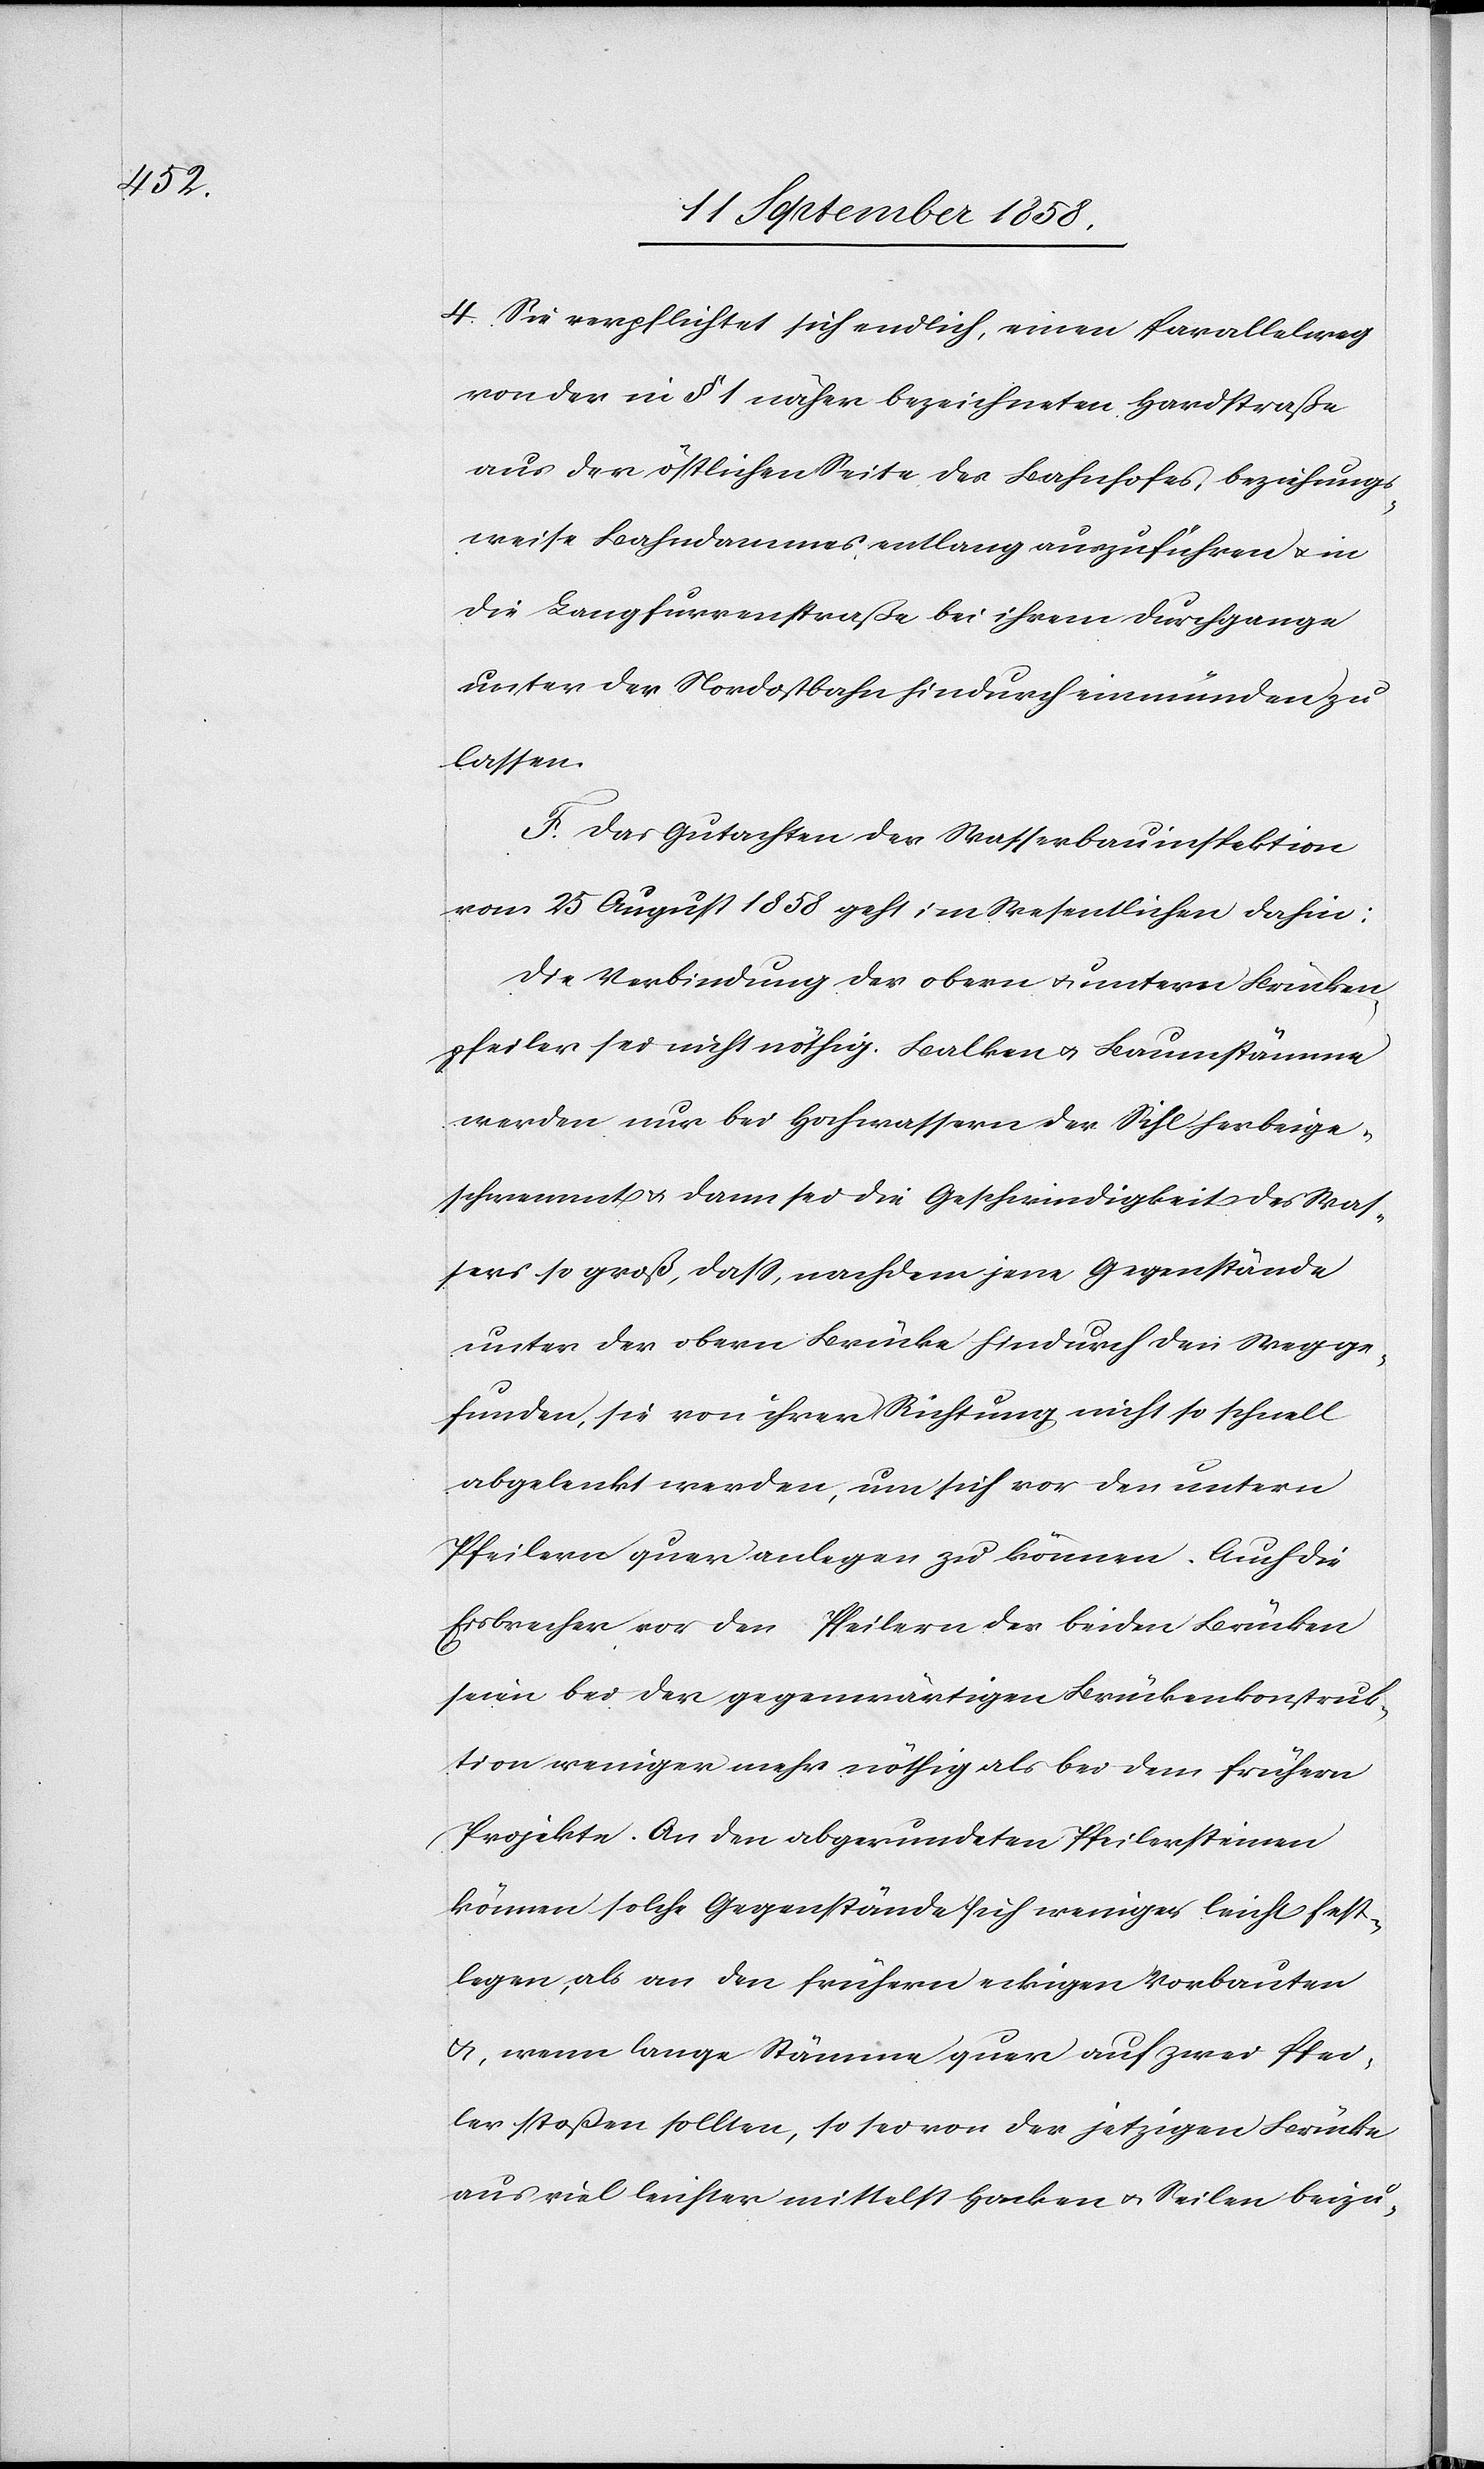
4. Sie verpflichtet sich endlich, einen Parallelweg
von der in § 1 näher bezeichneten Hardstraße
aus der östlichen Seite des Bahnhofes, beziehungs¬
weise Bahndammes entlang auszuführen & in
die Langfurrenstraße bei ihrem Durchgange
unter der Nordostbahn hindurch einmünden zu
lassen.
F. Das Gutachten der Wasserbauinspektion
vom 25 August 1858 geht im Wesentlichen dahin:
Die Verbindung der obern & untern Brücken¬
pfeiler sei nicht nöthig. Balken & Baumstämme
werden nur bei Hochwassern der Sihl herbeige¬
schwemmt & dann sei die Geschwindigkeit des Was¬
sers so groß, dass, nachdem jene Gegenstände
unter der obern Brücke hindurch den Weg ge¬
funden, sie von ihrer Richtung nicht so schnell
abgelenkt werden, um sich vor den untern
Pfeilern quer anlegen zu können. Auch die
Eisbrecher vor den Pfeilern der beiden Brücken
seien bei der gegenwärtigen Brückenkonstruk¬
tion weniger mehr nöthig als bei dem frühern
Projekte. An den abgerundeten Pfeilersteinen
können solche Gegenstände sich weniger leicht fest¬
legen, als an den frühern eckigen Vorbauten
& wenn lange Stämme quer auf zwei Pfei¬
ler stoßen sollten, so sei von der jetzigen Brücke
aus viel leichter mittelst Hacken & Seilen beizu-